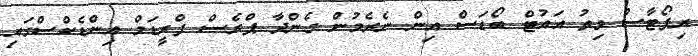
ރިޕޯޓާސް ވިތު އައުޓް ބޯޑަސް އިން ނެރެމުން ގެންދާ ޕްރެސް ފްރީޑަމް އިންޑެކްސްގައި